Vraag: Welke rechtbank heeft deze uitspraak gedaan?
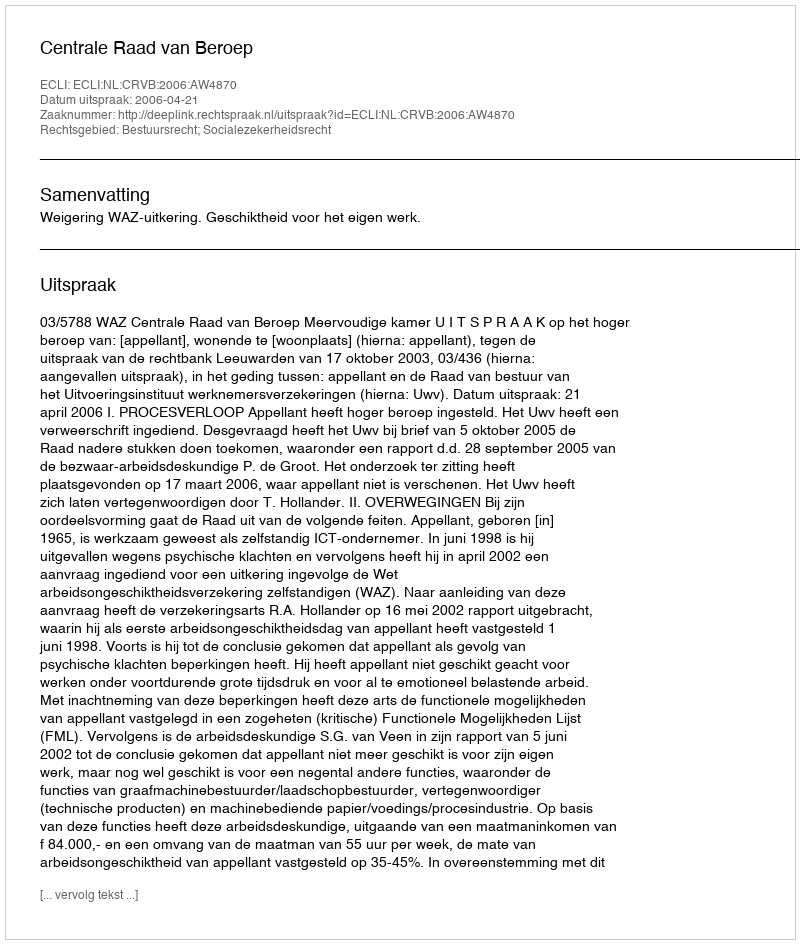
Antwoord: Centrale Raad van Beroep